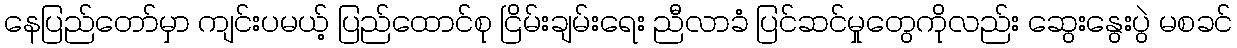
နေပြည်တော်မှာ ကျင်းပမယ့် ပြည်ထောင်စု ငြိမ်းချမ်းရေး ညီလာခံ ပြင်ဆင်မှုတွေကိုလည်း ဆွေးနွေးပွဲ မစခင်